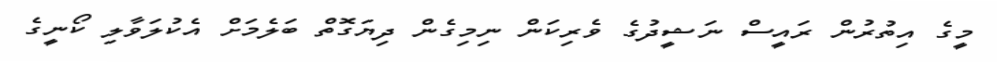
މީގެ އިތުރުން ރައީސް ނަޝީދުގެ ވެރިކަން ނިމިގެން ދިޔަގޮތް ބަލެމަށް އެކުލަވާލި ކޯނީގެ